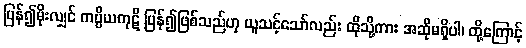
ပြန်၍မိုးလျှင် ကပ္ပိယကုဋိ ပြန်၍ဖြစ်သည်ဟု ယူသင့်သော်လည်း ထိုသို့ကား အဆိုမရှိပါ၊ ထို့ကြောင့်